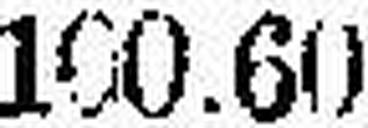
100.60